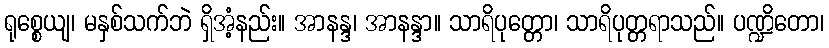
ရုစ္စေယျ၊ မနှစ်သက်ဘဲ ရှိအံ့နည်း။ အာနန္ဒ၊ အာနန္ဒာ။ သာရိပုတ္တော၊ သာရိပုတ္တရာသည်။ ပဏ္ဍိတော၊